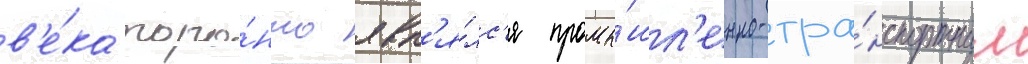
в'е́ка торо́нто явл'я́лс'я промы́шл'енно-тра́нспортным